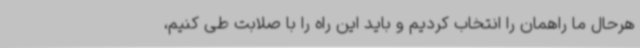
هرحال ما راهمان را انتخاب کردیم و باید این راه را با صلابت طی کنیم،